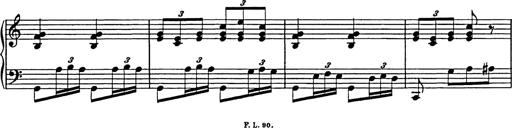
Title: Galop in A minor
Composer: Franz Liszt
Key: A minor